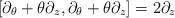
LaTeX: \begin{align*}[\partial_\theta + \theta\partial_z, \partial_\theta + \theta\partial_z] = 2\partial_z\end{align*}